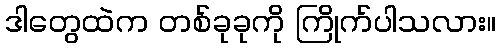
ဒါတွေထဲက တစ်ခုခုကို ကြိုက်ပါသလား။